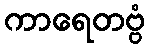
ကာရေတဗ္ဗံ